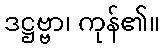
ဒဋ္ဌဗ္ဗာ၊ ကုန်၏။